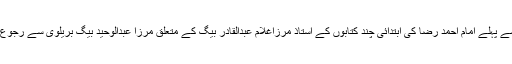
آئیے سب سے پہلے امام احمد رضا کی ابتدائی چند کتابوں کے استاذ مرزاغلام عبدالقادر بیگ کے متعلق مرزا عبدالوحید بیگ بریلوی سے رجوع ہوتے ہیں ۔